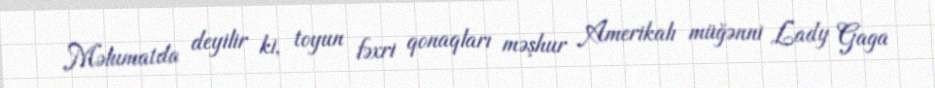
Məlumatda deyilir ki, toyun fəxri qonaqları məşhur Amerikalı müğənni Lady Gaga